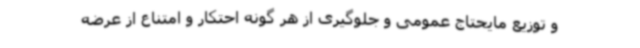
و توزیع مایحتاج عمومی و جلوگیری از هر گونه احتکار و امتناع از عرضه